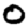
Digit: 0